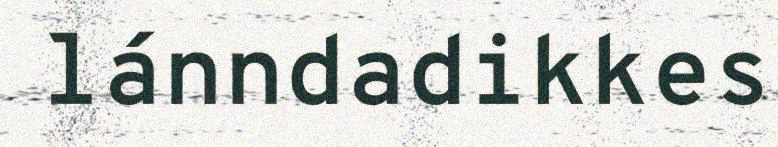
lánndadikkes